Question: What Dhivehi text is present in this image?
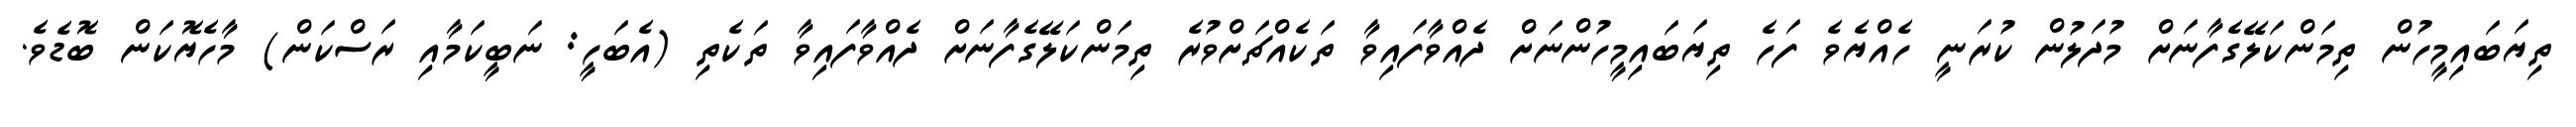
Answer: ތިޔަބައިމީހުން ތިމަންކަލޭގެފާނަށް މުދަލުން ކުރަނީ ހެއްޔެވެ ފަހެ ތިޔަބައިމީހުންނަށް ދެއްވާފައިވާ ތަކެއްޗަށްވުރެ ތިމަންކަލޭގެފާނަށް ދެއްވާފައިވާ ތަކެތި (އެބަހީ: ނަބީކަމާއި ރަސްކަން) މާހެޔޮކަން ބޮޑެވެ.